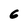
Character: 6